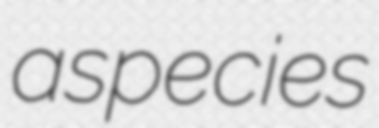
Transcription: a species